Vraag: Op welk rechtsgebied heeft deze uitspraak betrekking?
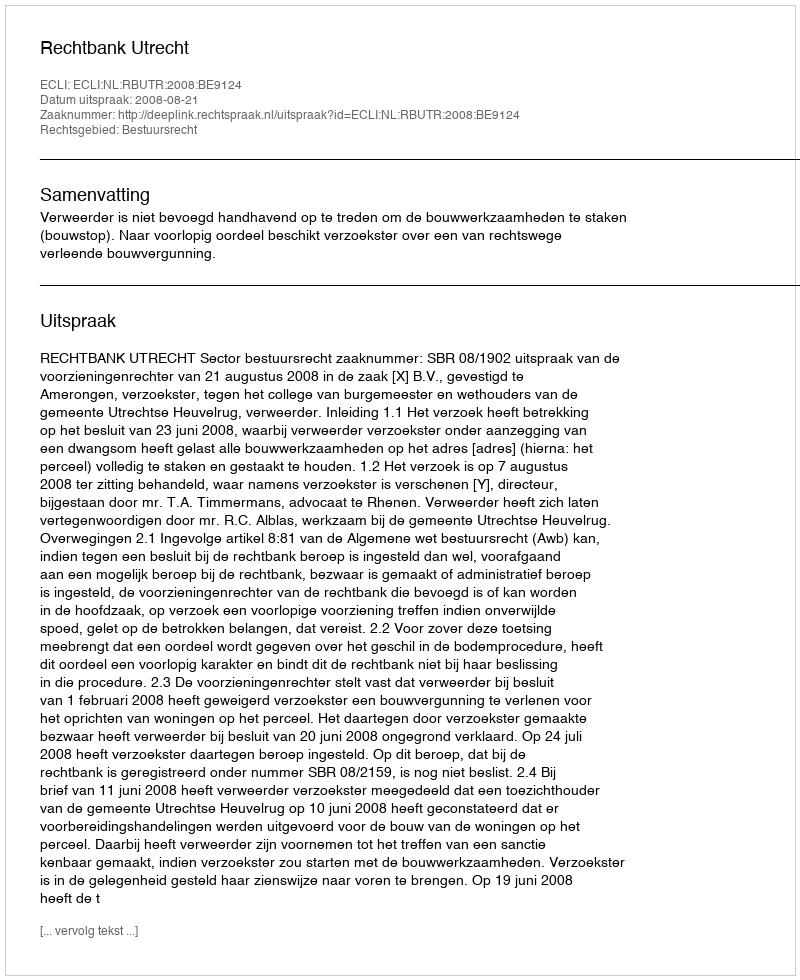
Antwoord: Bestuursrecht